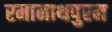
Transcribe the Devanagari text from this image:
रमानाथपुरम